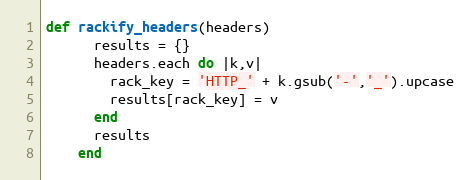
Language: Ruby
def rackify_headers(headers)
      results = {}
      headers.each do |k,v|
        rack_key = 'HTTP_' + k.gsub('-','_').upcase
        results[rack_key] = v
      end
      results
    end